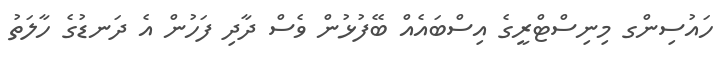
ހައުސިިންގ މިނިސްޓްރީގެ އިސްބައެއް ބޭފުޅުން ވެސް ދާދި ފަހުން އެ ދަނޑުގެ ހާލަަތު